Report on the bubonic plague in Bombay, 1896-1897
Year: 1896
Disease focus: Plague
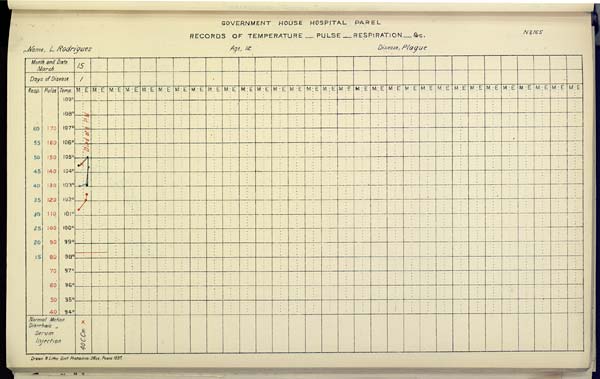
GOVERNMENT HOUSE HOSPITAL PAREL
RECORDS OF TEMPERATURE __ PULSE __ RESPIRATION __ &c. No. 165
Name,
L.
Rodrigues
Age,
12
Disease,
Plague
Drawn & Litho Govt. Photozinco, Office, Poona 1897.